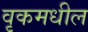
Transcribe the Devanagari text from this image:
वृकमधील